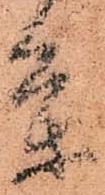
条